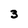
Character: 3